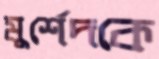
মুর্শেদকে